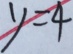
y = 4